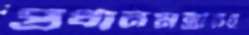
প্রধানমন্ত্রীরই